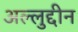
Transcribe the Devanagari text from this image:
अल्लुद्दीन